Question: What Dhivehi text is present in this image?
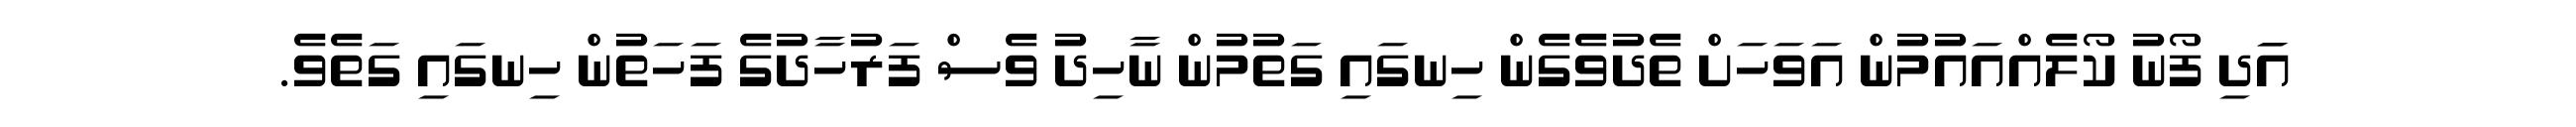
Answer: އަަދި ފޯނު ކޯލެއްއައުމުން އަވަހަށް ތެދުވެގެން ހިނގައި ގަތުމުން ނާހިދު ވެސް ފަރުހާދުގެ ފަހަތުން ހިނގައި ގަތެވެ.